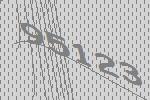
95123